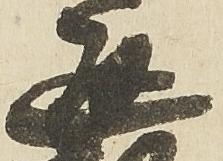
通